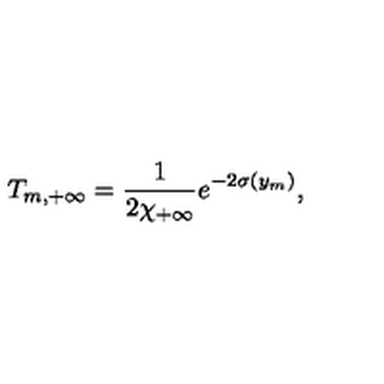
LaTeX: T _ { m , + \infty } = { \frac { 1 } { \displaystyle { 2 \chi _ { + \infty } } } } e ^ { - 2 \sigma ( y _ { m } ) } , \,